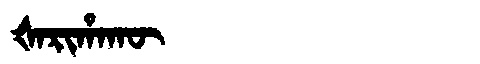
Manchu: ᡧᠠᡵᡳᡥᠠᡴᡡ
Romanization: ŠARIHAKŪ